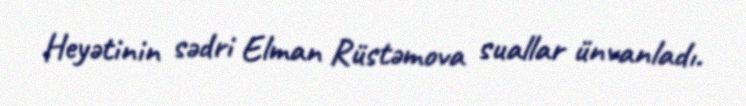
Heyətinin sədri Elman Rüstəmova suallar ünvanladı.